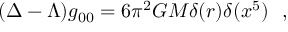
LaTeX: ( \Delta - \Lambda ) { g } _ { 0 0 } = 6 \pi ^ { 2 } G M \delta ( r ) \delta ( x ^ { 5 } ) ~ ~ ,